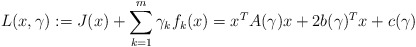
\begin{align*}L(x,\gamma):=J(x)+\sum\limits_{k=1}^m\gamma_kf_k(x)=x^TA(\gamma)x+2b(\gamma)^Tx+c(\gamma)\end{align*}